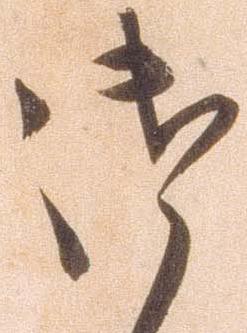
御